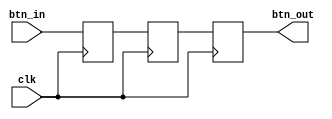
// This program was cloned from: https://github.com/FPGADude/Digital-Design
// License: GNU General Public License v3.0

`timescale 1ns / 1ps

module sw_debounce(
    input clk,      
    input btn_in,   // using a button, not switch, works the same
    output btn_out
    );
    
    reg t0, t1, t2;
    
    always @(posedge clk) begin
        t0 <= btn_in;
        t1 <= t0;
        t2 <= t1;
    end
    
    assign btn_out = t2;
    
endmodule